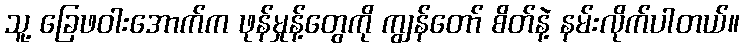
သူ့ ခြေဖဝါးအောက်က ဖုန်မှုန့်တွေကို ကျွန်တော် စိတ်နဲ့ နမ်းလိုက်ပါတယ်။